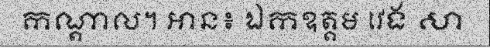
កណ្តាល។ អាន៖ ឯកឧត្តម វេង សា